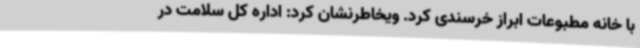
با خانه مطبوعات ابراز خرسندی کرد. ویخاطرنشان کرد: اداره کل سلامت در